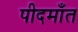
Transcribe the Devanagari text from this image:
पीदमाँत